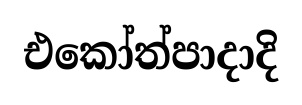
එකෝත්පාදාදි